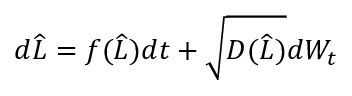
\begin{array} { r } { d \widehat { L } = f ( \widehat { L } ) d t + \sqrt { D ( \widehat { L } ) } d W _ { t } } \end{array}